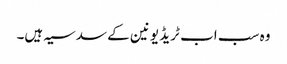
وہ سب اب ٹریڈ یونین کے سدسیہ ہیں۔